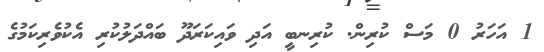
1 އަހަރު 0 މަސް ކުރިން. ކުރިނބީ އަދި ވައިކަރަދޫ ބައްދަލުކުރި އެކުވެރިކަމުގެ